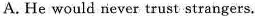
A.He would never trust strangers.